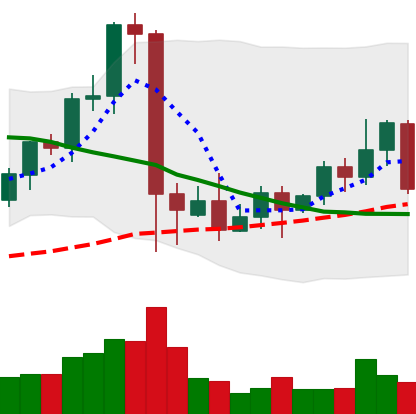
Ticker: EOS-USD
Chart end date: 2021-09-19
Forward return: -17.948%
Label: down_7plus